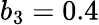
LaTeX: b_{3}=0.4